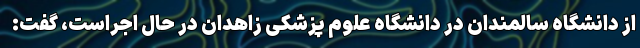
از دانشگاه سالمندان در دانشگاه علوم پزشکی زاهدان در حال اجراست، گفت: